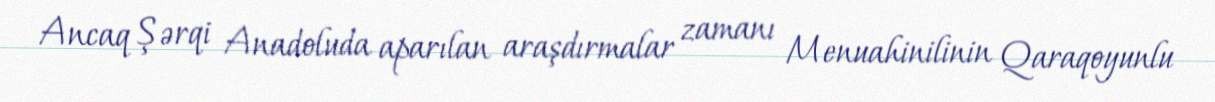
Ancaq Şərqi Anadoluda aparılan araşdırmalar zamanı Menuahinilinin Qaraqoyunlu